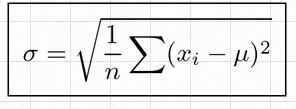
\sigma=\sqrt{\frac1n\sum(x_i-\mu)^2}